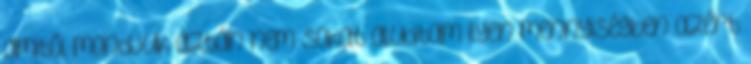
amitől mondjuk aztán nem sokat aludtam ilyen mennyiségben azért